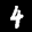
Label: 4